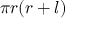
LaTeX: \pi r ( r + l ) \,